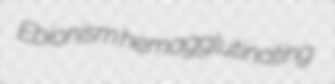
Ebionism hemagglutinating